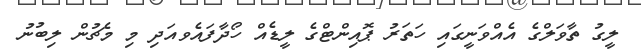
ލީގު ތާވަލްގެ އެއްވަނީގައި ހަތަރު ޕޮއިންޓްގެ ލީޑެއް ހޯދާފައެވއަދި މި މެޗުން ލިބުނު